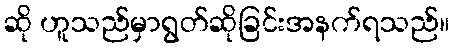
ဆို ဟူသည်မှာရွတ်ဆိုခြင်းအနက်ရသည်။